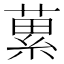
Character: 蔂